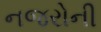
નજરોની